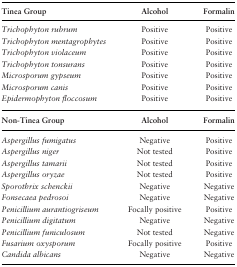
<table><thead><tr><td><b>Tinea Group</b></td><td><b>Alcohol</b></td><td><b>Formalin</b></td></tr></thead><tbody><tr><td><i>Trichophyton rubrum</i></td><td>Positive</td><td>Positive</td></tr><tr><td><i>Trichophyton mentagrophytes</i></td><td>Positive</td><td>Positive</td></tr><tr><td><i>Trichophyton violaceum</i></td><td>Positive</td><td>Positive</td></tr><tr><td><i>Trichophyton tonsurans</i></td><td>Positive</td><td>Positive</td></tr><tr><td><i>Microsporum gypseum</i></td><td>Positive</td><td>Positive</td></tr><tr><td><i>Microsporum canis</i></td><td>Positive</td><td>Positive</td></tr><tr><td><i>Epidermophyton floccosum</i></td><td>Positive</td><td>Positive</td></tr><tr><td><b>Non-Tinea Group</b></td><td><b>Alcohol</b></td><td><b>Formalin</b></td></tr><tr><td><i>Aspergillus fumigatus</i></td><td>Negative</td><td>Positive</td></tr><tr><td><i>Aspergillus niger</i></td><td>Not tested</td><td>Positive</td></tr><tr><td><i>Aspergillus tamarii</i></td><td>Not tested</td><td>Positive</td></tr><tr><td><i>Aspergillus oryzae</i></td><td>Not tested</td><td>Positive</td></tr><tr><td><i>Sporothrix schenckii</i></td><td>Negative</td><td>Negative</td></tr><tr><td><i>Fonsecaea pedrosoi</i></td><td>Negative</td><td>Negative</td></tr><tr><td><i>Penicillium aurantiogriseum</i></td><td>Focally positive</td><td>Positive</td></tr><tr><td><i>Penicillium digitatum</i></td><td>Negative</td><td>Negative</td></tr><tr><td><i>Penicillium funiculosum</i></td><td>Not tested</td><td>Negative</td></tr><tr><td><i>Fusarium oxysporum</i></td><td>Focally positive</td><td>Positive</td></tr><tr><td><i>Candida albicans</i></td><td>Negative</td><td>Negative</td></tr></tbody></table>